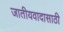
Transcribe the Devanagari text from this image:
जातीयवादासाठी